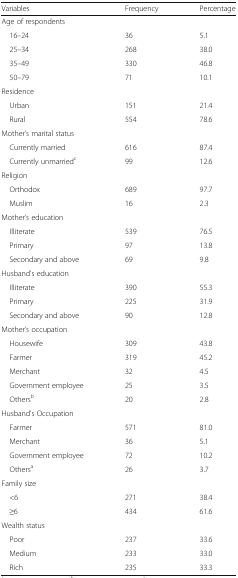
| Variables | Frequency | Percentage |
 | --- | --- | --- |
 | <COLSPAN=3> Age of respondents |
 | 16–24 | 36 | 5.1 |
 | 25–34 | 268 | 38.0 |
 | 35–49 | 330 | 46.8 |
 | 50–79 | 71 | 10.1 |
 | <COLSPAN=3> Residence |
 | Urban | 151 | 21.4 |
 | Rural | 554 | 78.6 |
 | <COLSPAN=3> Mother’s marital status |
 | Currently married | 616 | 87.4 |
 | Currently unmarriedc | 99 | 12.6 |
 | <COLSPAN=3> Religion |
 | Orthodox | 689 | 97.7 |
 | Muslim | 16 | 2.3 |
 | <COLSPAN=3> Mother’s education |
 | Illiterate | 539 | 76.5 |
 | Primary | 97 | 13.8 |
 | Secondary and above | 69 | 9.8 |
 | <COLSPAN=3> Husband’s education |
 | Illiterate | 390 | 55.3 |
 | Primary | 225 | 31.9 |
 | Secondary and above | 90 | 12.8 |
 | <COLSPAN=3> Mother’s occupation |
 | Housewife | 309 | 43.8 |
 | Farmer | 319 | 45.2 |
 | Merchant | 32 | 4.5 |
 | Government employee | 25 | 3.5 |
 | Othersb | 20 | 2.8 |
 | <COLSPAN=3> Husband’s Occupation |
 | Farmer | 571 | 81.0 |
 | Merchant | 36 | 5.1 |
 | Government employee | 72 | 10.2 |
 | Othersa | 26 | 3.7 |
 | <COLSPAN=3> Family size |
 | <6 | 271 | 38.4 |
 | ≥6 | 434 | 61.6 |
 | <COLSPAN=3> Wealth status |
 | Poor | 237 | 33.6 |
 | Medium | 233 | 33.0 |
 | Rich | 235 | 33.3 |